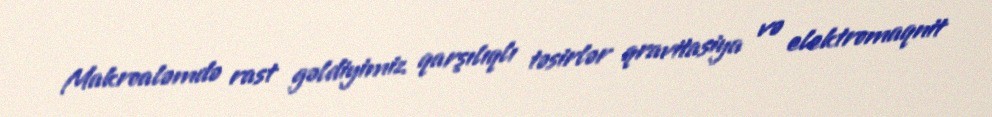
Makroaləmdə rast gəldiyimiz qarşılıqlı təsirlər qravitasiya və elektromaqnit